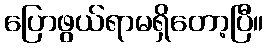
ပြောဖွယ်ရာမရှိတော့ပြီ။